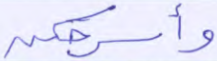
وأسرحكن